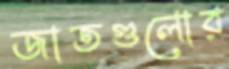
জাতগুলোর